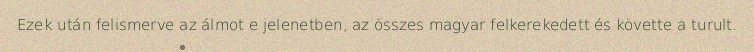
Ezek után felismerve az álmot e jelenetben, az összes magyar felkerekedett és követte a turult.